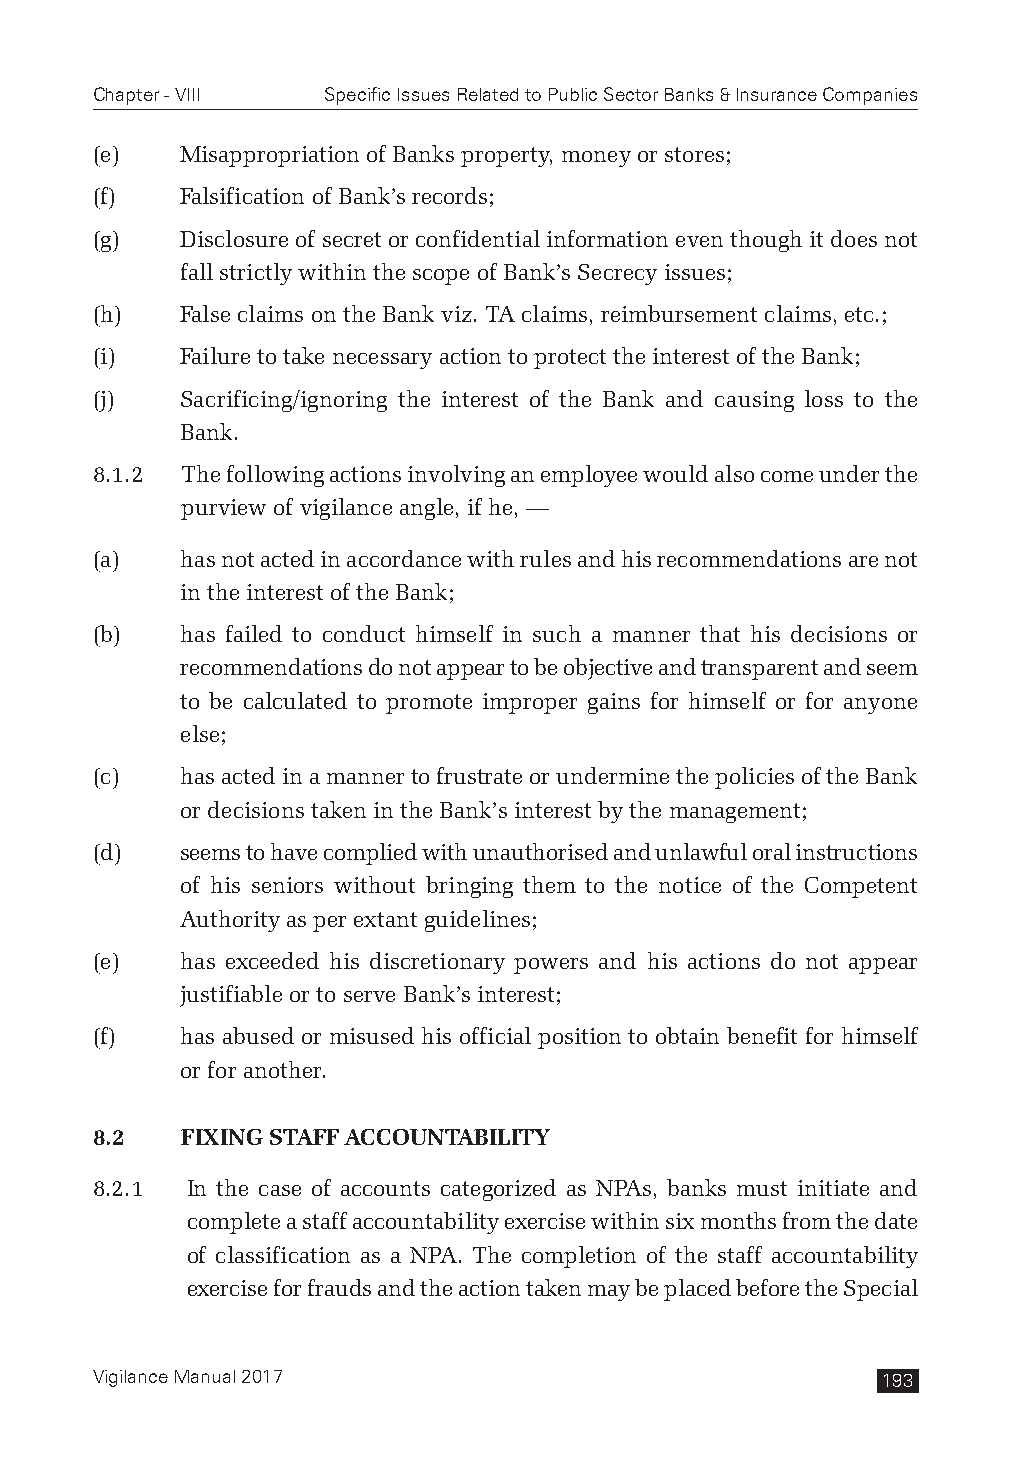
Chapter - VIII Specific Issues Related to Public Sector Banks & Insurance Companies
 (e)   Misappropriation of Banks property, money or stores;
 (f)   Falsification of Bank’s records;
 (g)   Disclosure of secret or confidential information even though it does not
 fall strictly within the scope of Bank’s Secrecy issues;
 (h)   False claims on the Bank viz. TA claims, reimbursement claims, etc.;
 (i)   Failure to take necessary action to protect the interest of the Bank;
 (j)   Sacrificing/ignoring the interest of the Bank and causing loss to the
 Bank.
 8.1.2 The following actions involving an employee would also come under the
 purview of vigilance angle, if he, —
 (a)   has not acted in accordance with rules and his recommendations are not
 in the interest of the Bank;
 (b)   has failed to conduct himself in such a manner that his decisions or
 recommendations do not appear to be objective and transparent and seem
 to be calculated to promote improper gains for himself or for anyone
 else;
 (c)   has acted in a manner to frustrate or undermine the policies of the Bank
 or decisions taken in the Bank’s interest by the management;
 (d)   seems to have complied with unauthorised and unlawful oral instructions
 of his seniors without bringing them to the notice of the Competent
 Authority as per extant guidelines;
 (e)   has exceeded his discretionary powers and his actions do not appear
 justifiable or to serve Bank’s interest;
 (f)   has abused or misused his official position to obtain benefit for himself
 or for another.
 8.2   FIXING STAFF ACCOUNTABILITY
 8.2.1 In the case of accounts categorized as NPAs, banks must initiate and
 complete a staff accountability exercise within six months from the date
 of classification as a NPA. The completion of the staff accountability
 exercise for frauds and the action taken may be placed before the Special
 Vigilance Manual 2017                               193